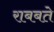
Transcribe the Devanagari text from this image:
राबबते